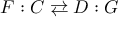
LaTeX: F : C \rightleftarrows D : G